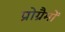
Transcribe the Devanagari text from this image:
प्रोग्रैमों